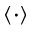
\langle \cdot \rangle